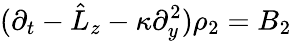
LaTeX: (\partial_{t}-\hat{L}_{z}-\kappa\partial_{y}^{2})\rho_{2}=B_{2}